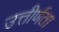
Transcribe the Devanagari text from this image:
उत्तीर्णता